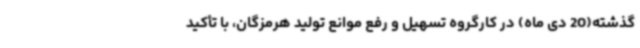
گذشته(20 دی ماه) در کارگروه تسهیل و رفع موانع تولید هرمزگان، با تأکید